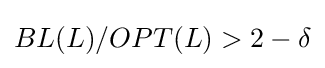
BL(L)/OPT(L)>2-\delta